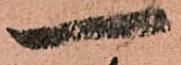
長